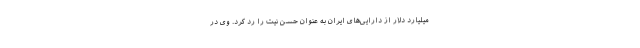
میلیارد دلار از دارایی‌های ایران به عنوان حسن نیت را رد کرد. وی در